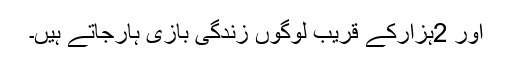
اور 2ہزارکے قریب لوگوں زندگی بازی ہارجاتے ہیں۔